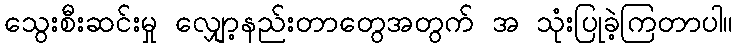
သွေးစီးဆင်းမှု လျှော့နည်းတာတွေအတွက် အ သုံးပြုခဲ့ကြတာပါ။